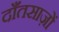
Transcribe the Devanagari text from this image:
दाँतसाज़ों